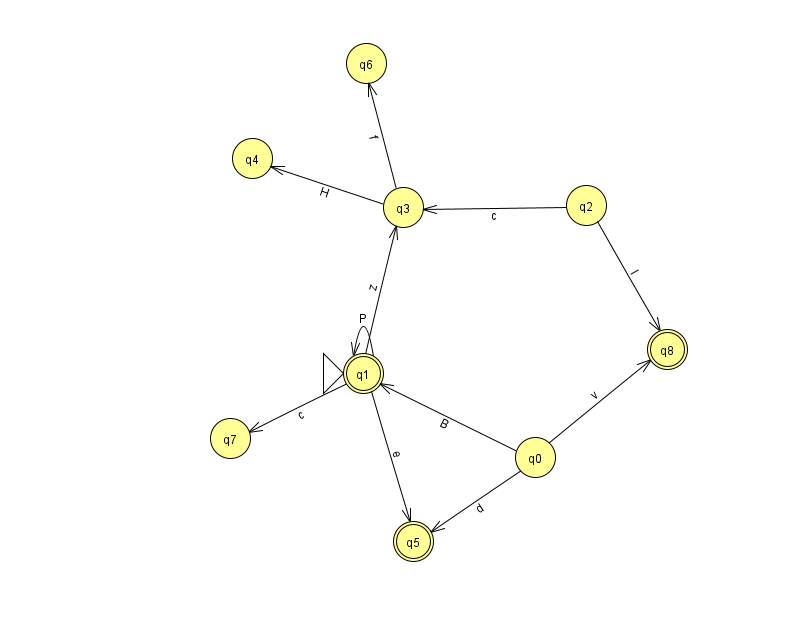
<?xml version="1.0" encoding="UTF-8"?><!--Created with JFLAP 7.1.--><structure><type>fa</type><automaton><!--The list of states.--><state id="0" name="q0"><x>535.0</x><y>444.0</y></state><state id="1" name="q1"><x>363.0</x><y>360.0</y><initial/><final/></state><state id="2" name="q2"><x>586.0</x><y>192.0</y></state><state id="3" name="q3"><x>403.0</x><y>194.0</y></state><state id="4" name="q4"><x>252.0</x><y>145.0</y></state><state id="5" name="q5"><x>413.0</x><y>528.0</y><final/></state><state id="6" name="q6"><x>366.0</x><y>50.0</y></state><state id="7" name="q7"><x>230.0</x><y>425.0</y></state><state id="8" name="q8"><x>667.0</x><y>336.0</y><final/></state><!--The list of transitions.--><transition><from>1</from><to>1</to><read>P</read></transition><transition><from>0</from><to>8</to><read>v</read></transition><transition><from>0</from><to>5</to><read>d</read></transition><transition><from>1</from><to>7</to><read>c</read></transition><transition><from>1</from><to>3</to><read>z</read></transition><transition><from>2</from><to>8</to><read>I</read></transition><transition><from>0</from><to>1</to><read>B</read></transition><transition><from>3</from><to>6</to><read>f</read></transition><transition><from>1</from><to>5</to><read>e</read></transition><transition><from>2</from><to>3</to><read>c</read></transition><transition><from>3</from><to>4</to><read>H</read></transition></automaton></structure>